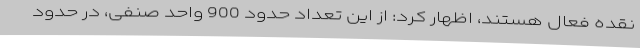
نقده فعال هستند، اظهار کرد: از این تعداد حدود 900 واحد صنفی، در حدود